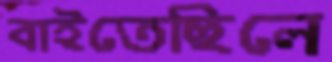
বাইতেছিলে